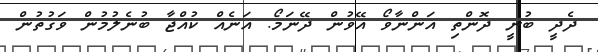
ދެދީ ބުނީ ދޮންތި އަންނާވޯ އޭވުން ދޭނަމޯ. އަނެއް ކުއްޖާ ބުނެލުމުން ވަގުތުން